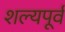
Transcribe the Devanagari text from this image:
शल्यपूर्व